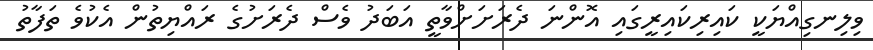
ވިލިނގިއްޔަކީ ކައިރިކައިރީގައި އޮންނަ ދެރަށަށްވާތީ އަބަދު ވެސް ދެރަށުގެ ރައްޔިތުން އެކުވެ ތަފާތު